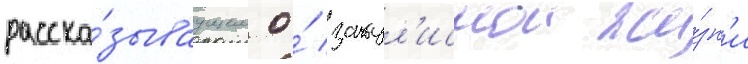
расска́зываущем о́ закул'иснои жи́зн'и